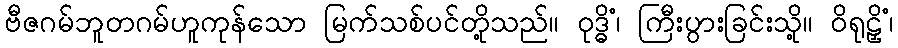
ဗီဇဂမ်ဘူတဂမ်ဟူကုန်သော မြက်သစ်ပင်တို့သည်။ ဝုဒ္ဓိံ၊ ကြီးပွားခြင်းသို့။ ဝိရုဠှိံ၊